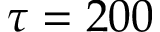
\tau = 2 0 0